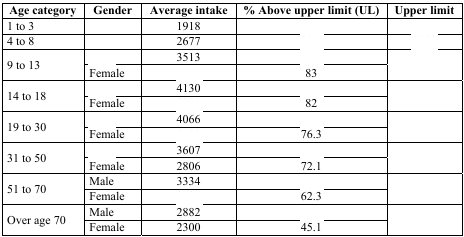
<table><thead><tr><td><b>Age category</b></td><td><b>Gender</b></td><td><b>Average intake</b></td><td><b>% Above upper limit (UL)</b></td><td><b>Upper limit</b></td></tr></thead><tbody><tr><td>1 to 3</td><td>[EMPTY_CELL]</td><td>1918</td><td>[EMPTY_CELL]</td><td>[EMPTY_CELL]</td></tr><tr><td>4 to 8</td><td>[EMPTY_CELL]</td><td>2677</td><td>[EMPTY_CELL]</td><td>[EMPTY_CELL]</td></tr><tr><td rowspan="2">9 to 13</td><td>[EMPTY_CELL]</td><td>3513</td><td>[EMPTY_CELL]</td><td rowspan="2">[EMPTY_CELL]</td></tr><tr><td>Female</td><td>[EMPTY_CELL]</td><td>83</td></tr><tr><td rowspan="2">14 to 18</td><td>[EMPTY_CELL]</td><td>4130</td><td>[EMPTY_CELL]</td><td rowspan="2">[EMPTY_CELL]</td></tr><tr><td>Female</td><td>[EMPTY_CELL]</td><td>82</td></tr><tr><td rowspan="2">19 to 30</td><td>[EMPTY_CELL]</td><td>4066</td><td>[EMPTY_CELL]</td><td rowspan="2">[EMPTY_CELL]</td></tr><tr><td>Female</td><td>[EMPTY_CELL]</td><td>76.3</td></tr><tr><td rowspan="2">31 to 50</td><td>[EMPTY_CELL]</td><td>3607</td><td>[EMPTY_CELL]</td><td rowspan="2">[EMPTY_CELL]</td></tr><tr><td>Female</td><td>2806</td><td>72.1</td></tr><tr><td rowspan="2">51 to 70</td><td>Male</td><td>3334</td><td>[EMPTY_CELL]</td><td rowspan="2">[EMPTY_CELL]</td></tr><tr><td>Female</td><td>[EMPTY_CELL]</td><td>62.3</td></tr><tr><td rowspan="2">Over age 70</td><td>Male</td><td>2882</td><td>[EMPTY_CELL]</td><td rowspan="2">[EMPTY_CELL]</td></tr><tr><td>Female</td><td>2300</td><td>45.1</td></tr></tbody></table>